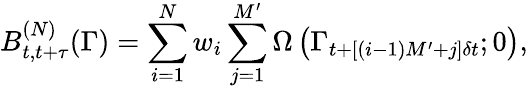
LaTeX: B_{t,t+\tau}^{(N)}(\Gamma)=\sum_{i=1}^{N}w_{i}\sum_{j=1}^{M^{\prime}}\Omega\left(\Gamma_{t+[(i-1)M^{\prime}+j]\delta t};0\right),